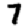
Digit: 7